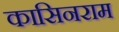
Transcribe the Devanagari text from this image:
कासिनराम